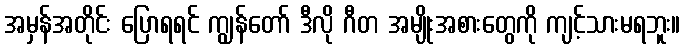
အမှန်အတိုင်း ပြောရရင် ကျွန်တော် ဒီလို ဂီတ အမျိုးအစားတွေကို ကျင့်သားမရဘူး။